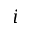
i